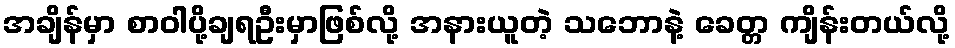
အချိန်မှာ စာဝါပို့ချရဦးမှာဖြစ်လို့ အနားယူတဲ့ သဘောနဲ့ ခေတ္တ ကျိန်းတယ်လို့